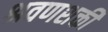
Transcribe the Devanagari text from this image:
श्रवणशक्ती